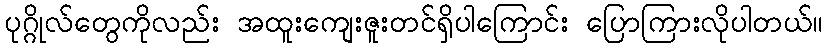
ပုဂ္ဂိုလ်တွေကိုလည်း အထူးကျေးဇူးတင်ရှိပါကြောင်း ပြောကြားလိုပါတယ်။